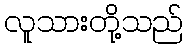
လူသားတို့သည်